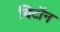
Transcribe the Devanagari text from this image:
बिटॉन